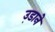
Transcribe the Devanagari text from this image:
उ़डाने